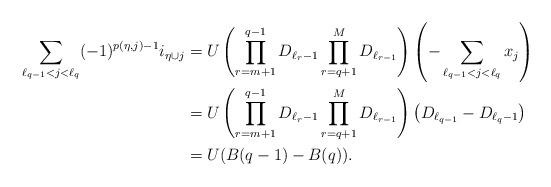
LaTeX: \begin{align*}\sum_{ \ell_{q-1}<j <\ell_q} (-1)^{p(\eta,j)-1} i_{\eta \cup j}&= U\left(\prod_{r=m+1}^{q-1}{D_{\ell_{r}-1}} \prod_{r=q+1}^{M}{D_{\ell_{r-1}}}\right)\left(-\sum_{\ell_{q-1}<j<\ell_q}{x_{j}}\right) \\&= U\left(\prod_{r=m+1}^{q-1}{D_{\ell_{r}-1}} \prod_{r=q+1}^{M}{D_{\ell_{r-1}}}\right)\left(D_{\ell_{q-1}}-D_{\ell_q-1}\right) \\&= U(B(q-1)-B(q)). \end{align*}